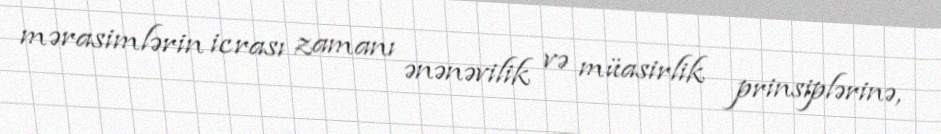
mərasimlərin icrası zamanı ənənəvilik və müasirlik prinsiplərinə,